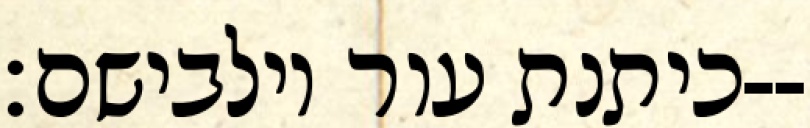
כיתנת עור וילבישם׃--